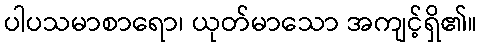
ပါပသမာစာရော၊ ယုတ်မာသော အကျင့်ရှိ၏။